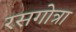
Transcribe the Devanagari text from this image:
रसगोत्रा